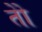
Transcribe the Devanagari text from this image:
तोे